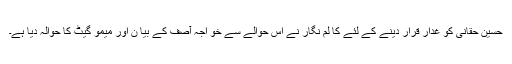
حسین حقانی کو غدار قرار دینے کے لئے کا لم نگار نے اِس حوالے سے خو اجہ آصف کے بیا ن اور میمو گیٹ کا حوالہ دیا ہے۔